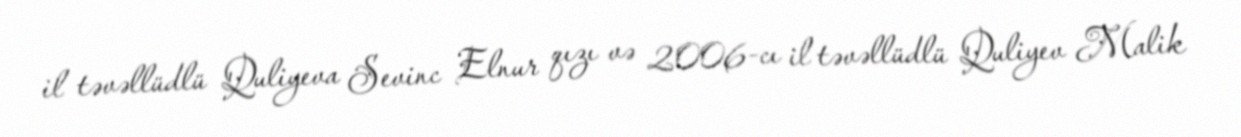
il təvəllüdlü Quliyeva Sevinc Elnur qızı və 2006-cı il təvəllüdlü Quliyev Malik